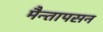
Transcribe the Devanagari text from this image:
मैन्तापसन